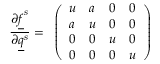
\frac { \partial \underline { { f } } ^ { s } } { \partial \underline { { q } } ^ { s } } = \begin{array} { l } { \left( \begin{array} { l l l l } { u } & { a } & { 0 } & { 0 } \\ { a } & { u } & { 0 } & { 0 } \\ { 0 } & { 0 } & { u } & { 0 } \\ { 0 } & { 0 } & { 0 } & { u } \end{array} \right) } \end{array}